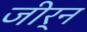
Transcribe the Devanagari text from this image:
जीर्न